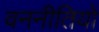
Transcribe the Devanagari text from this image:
वननीतियों